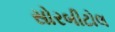
સોરબીટોલ